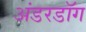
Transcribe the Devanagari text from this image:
अंडरडाॅग